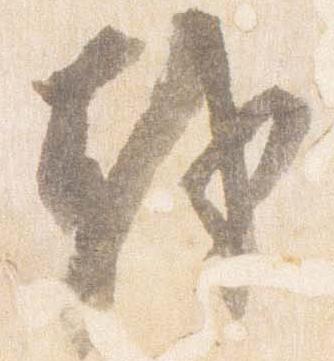
越